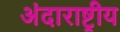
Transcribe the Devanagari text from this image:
अंदाराष्ट्रीय